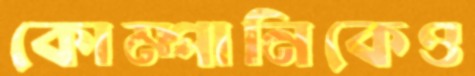
কোম্পানিকেও